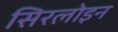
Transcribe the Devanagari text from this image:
सिरलोइन